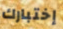
إختبارك